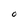
Character: O